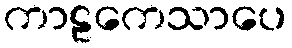
ကာဠကေသာပေ